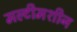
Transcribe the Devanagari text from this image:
मल्टीमशीन